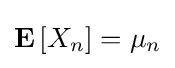
\mathbf {E} \left[X_{n}\right]=\mu _{n}